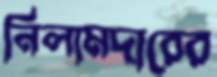
নিলামদারের